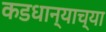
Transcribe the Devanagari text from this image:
कडधान्याच्या